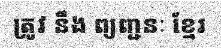
ត្រូវ នឹង ព្យញ្ជនៈ ខ្មែរ